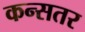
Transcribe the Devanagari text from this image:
कन्सतर